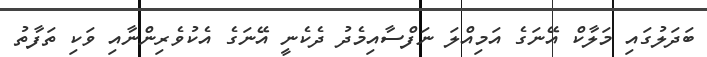
ބަދަލުގައި މަލާކް އޭނަގެ އަމިއްލަ ނަފްސާއިމެދު ދެކެނީ އޭނަގެ އެކުވެރިންނާއި ވަކި ތަފާތު